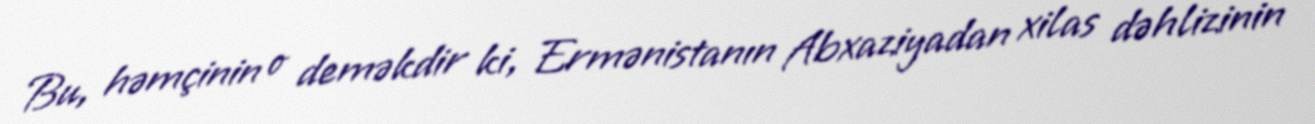
Bu, həmçinin o deməkdir ki, Ermənistanın Abxaziyadan xilas dəhlizinin